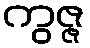
ကွဇ္ဇ